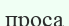
проса